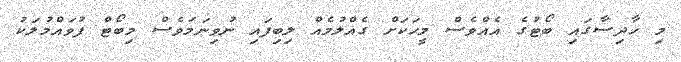
މި ހާދިސާގައި ބޯޓުގެ އެއްވެސް މީހަކަށް ގެއްލުމެއް ލިބިފައި ނުވިނަމަވެސް މިބޯޓް ފުވައްމުލަކު